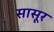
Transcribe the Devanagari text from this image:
सासूर